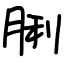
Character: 脷